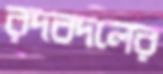
রদবদলের